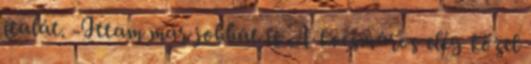
italát. -Ittam már jobbat is A kocsmáros elég közel